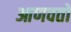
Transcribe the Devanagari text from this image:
आणवतो